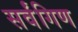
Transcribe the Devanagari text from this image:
सर्वंगिण